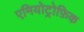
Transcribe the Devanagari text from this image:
एमियोट्रोफ़िक